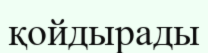
қойдырады